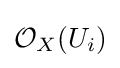
{\mathcal {O}}_{X}(U_{i})